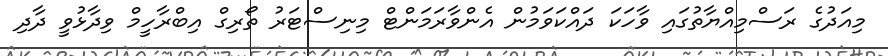
މިއަދުގެ ރަސްމިއްޔާތުގައި ވާހަކަ ދައްކަވަމުން އެންވާރަމަންޓް މިނިސްޓަރު ތޯރިގް އިބްރާހީމް ވިދާޅުވީ ދާދި